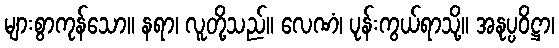
များစွာကုန်သော။ နရာ၊ လူတို့သည်။ လေဏံ၊ ပုန်းကွယ်ရာသို့။ အနုပ္ပဝိဋ္ဌာ၊